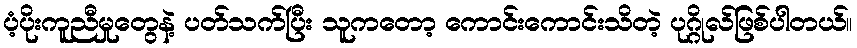
ပံ့ပိုးကူညီမှုတွေနဲ့ ပတ်သက်ပြီး သူကတော့ ကောင်းကောင်းသိတဲ့ ပုဂ္ဂိုလ်ဖြစ်ပါတယ်။